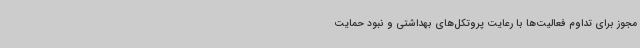
مجوز برای تداوم فعالیت‌ها با رعایت پروتکل‌های بهداشتی و نبود حمایت‌